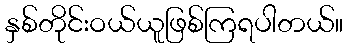
နှစ်တိုင်းဝယ်ယူဖြစ်ကြရပါတယ်။